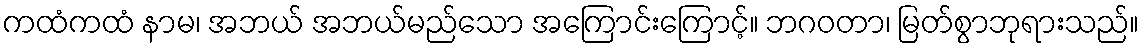
ကထံကထံ နာမ၊ အဘယ် အဘယ်မည်သော အကြောင်းကြောင့်။ ဘဂဝတာ၊ မြတ်စွာဘုရားသည်။